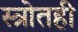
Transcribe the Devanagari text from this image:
स्त्रोतही